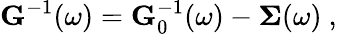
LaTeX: \mathbf{G}^{-1}(\omega)=\mathbf{G}_{0}^{-1}(\omega)-\mathbf{\Sigma}(\omega)\ ,